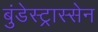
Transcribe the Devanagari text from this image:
बुंडेस्ट्रास्सेन